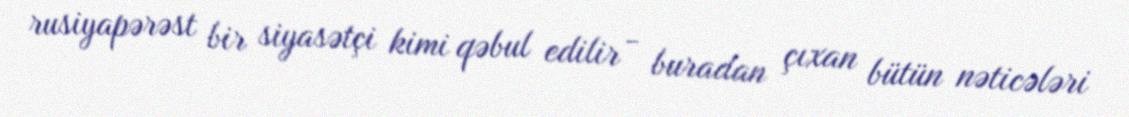
rusiyapərəst bir siyasətçi kimi qəbul edilir - buradan çıxan bütün nəticələri